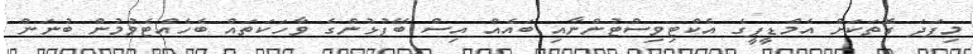
މިފަދަ ގޮތަކަށް އެމްޑީޕީގެ އެކްޓިވިސްޓުންނާއި ބައެއް އިސް ބޭފުޅުންގެ ވާހަކަތައް ބެހެއްޓެވުމުން ބުނަން